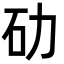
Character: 劯